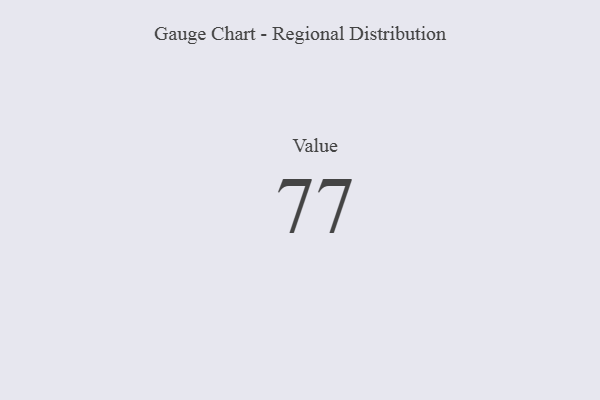
{"axis": {"x": "Metric", "y": "Value"}, "legend": [""], "data": [{"x": "Value", "y": 77, "type": ""}]}